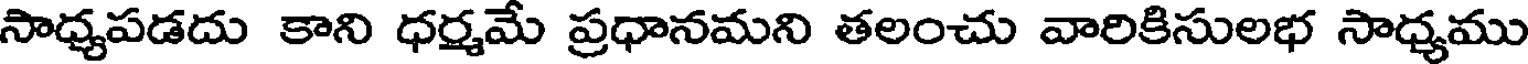
సాధ్యపడదు కాని ధర్మమే ప్రధానమని తలంచు వారికిసులభ సాధ్యము